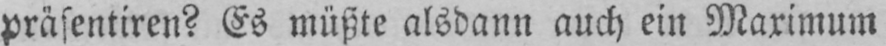
präsentiren? Es müßte alsdann auch ein Maximum